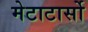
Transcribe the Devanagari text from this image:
मेटाटार्सो